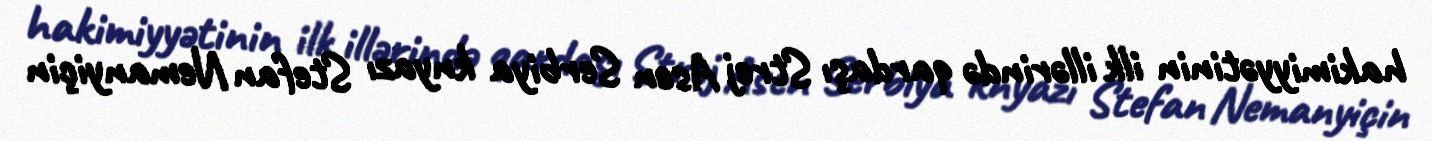
hakimiyyətinin ilk illərində qardaşı Strej Asen Serbiya knyazı Stefan Nemanyiçin